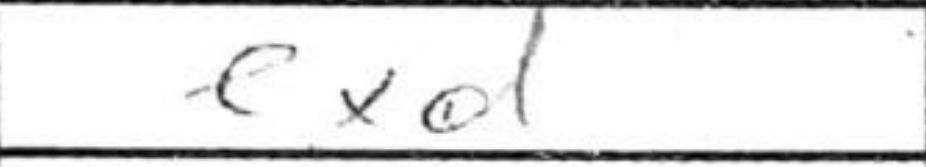
Transcription: cxd